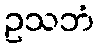
ဥသဘံ